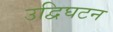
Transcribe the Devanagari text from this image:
उद्विघटन